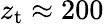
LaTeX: z_{\mathrm{t}}\approx 200